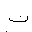
Letter: _ta